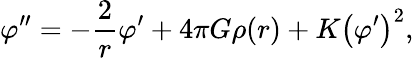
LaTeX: \varphi^{\prime\prime}=-\frac{2}{r}\varphi^{\prime}+4\pi G\rho(r)+K\left(\varphi^{\prime}\right)^{2},